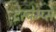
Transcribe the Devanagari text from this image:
देस्चेम्प्स